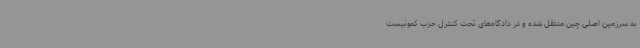
به سرزمین اصلی چین منتقل شده و در دادگاه‌های تحت کنترل حزب کمونیست